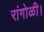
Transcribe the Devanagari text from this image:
रांगोळी।